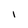
Character: L